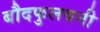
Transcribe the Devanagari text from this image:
बौदफुलवनी